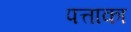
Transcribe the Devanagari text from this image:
पत्ताका